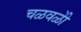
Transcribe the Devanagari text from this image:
चळवळीे